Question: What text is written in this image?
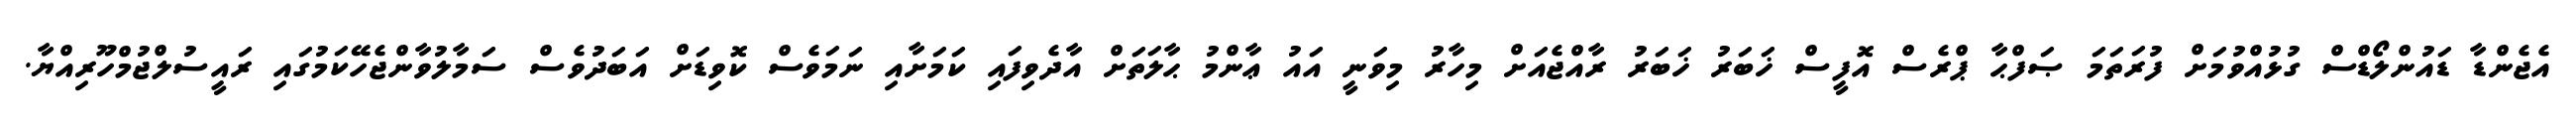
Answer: އެޖެންޑާ ޑައުންލޯޑްސް ގުޅުއްވުމަށް ފުރަތަމަ ޞަފްޙާ ޕްރެސް އޮފީސް ޚަބަރު ޚަބަރު ރާއްޖެއަށް މިހާރު މިވަނީ އައު ޢާންމު ޙާލަތަށް އާދެވިފައި ކަމަށާއި ނަމަވެސް ކޮވިޑަށް އަބަދުވެސް ސަމާލުވާންޖެހޭކަމުގައި ރައީސުލްޖުމްހޫރިއްޔާ.